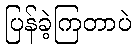
ပြန်ခဲ့ကြတာပဲ